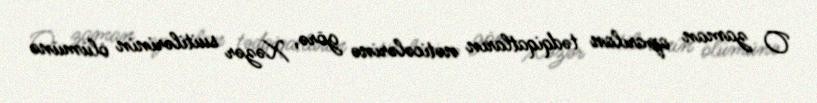
O zaman aparılan tədqiqatların nəticələrinə görə, Xəzər suitilərinin ölümünə